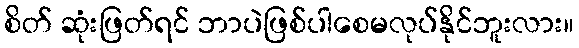
စိတ် ဆုံးဖြတ်ရင် ဘာပဲဖြစ်ပါစေမလုပ်နိုင်ဘူးလား။